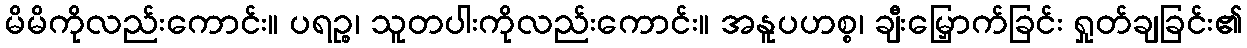
မိမိကိုလည်းကောင်း။ ပရဉ္စ၊ သူတပါးကိုလည်းကောင်း။ အနူပဟစ္စ၊ ချီးမြှောက်ခြင်း ရှုတ်ချခြင်း၏